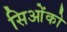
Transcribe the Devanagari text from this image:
सिओंको